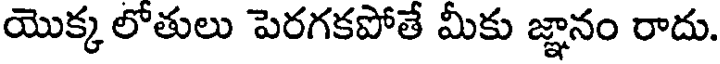
యొక్క లోతులు పెరగకపోతే మీకు జ్ఞానం రాదు.